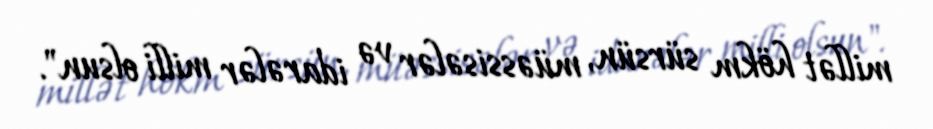
millət hökm sürsün, müəssisələr və idarələr milli olsun".